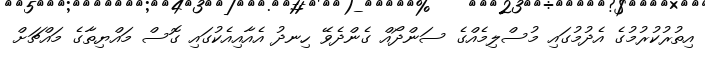
އިތުރުކުރުމުގެ އެދުމުގައި މުސްލިމެއްގެ ސަންދޯއް ގެންދެވޭ ހިނދު އެއާއިއެކުގައި ގޮސް މައްޔިތާގެ މައްޗަށް